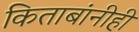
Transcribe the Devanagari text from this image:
किताबांनीही